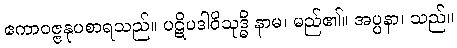
ဧကာဝဇ္ဇနုပစာရသည်။ ပဋိပဒါဝိသုဒ္ဓိ နာမ၊ မည်၏။ အပ္ပနာ၊ သည်။